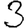
Digit: 3